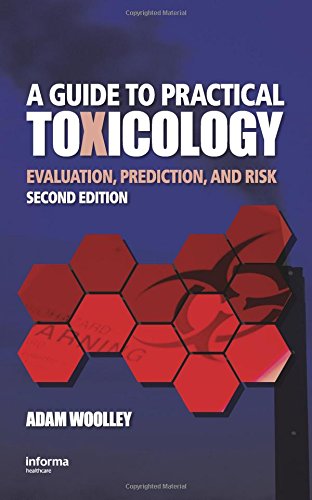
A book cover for A Guide to Practical Toxicology: Evaluation, Prediction, and Risk, Second Edition; David Woolley; Medical Books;